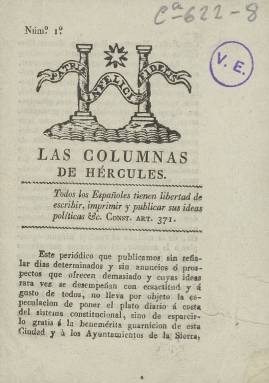
Título: Las Columnas de Hércules (Algeciras)
Colección: Periódicos anteriores a 1850
Ámbito geográfico: Cádiz
Lugar de publicación: Algeciras [Cádiz]
Fechas: 01/01/1822-31/12/1822

Periódico liberal de la corriente exaltada, en contraposición a la corriente moderada del liberalismo, del que solo se conoce la existencia del primer número. Fue editado en Algeciras en 1822 según figura en el pie de imprenta, a nombre de ‘Viuda de Contilló’,  y según  se desprende también  de la lectura de sus páginas, en las que hay referencias a sucesos políticos de ese año ocurridos tanto en España como en esa ciudad gaditana.

  La imprenta pertenecía a Josefa Guerra López, o Josefa Guerra de Contilló, como firmaba, fallecida en 1838. La había heredado en 1821 de su marido, Francisco Contilló, quien a su vez había  heredado el taller de su padre y era oficial del Tercio de Caballería de la Milicia Nacional de Algeciras.  Bajo su dirección se habían editado periódicos liberales como ‘El Conservador de la Libertad’ y la ‘Abeja Algecireña’, ambos en 1820 tras el triunfo del pronunciamiento de Riego que daría paso al Trienio Liberal. También había impreso periódicos editados en Ceuta.

     Más información sobre esta imprenta y otras se puede obtener consultando en línea el ensayo  ‘La imprenta algecireña durante el siglo XIX, nexo de unión entre ambas orillas del Estrecho’, cuyo autor es el auxiliar de Archivos José Luis Gómez Barceló.

     En el único número de ‘Las Columnas de Hércules’ existente figura la fecha del  31 de agosto de 1822, lo que permite acotar cronológicamente la fecha de impresión, que si no fue ese mismo día sería en los primeros días de septiembre. Con el epígrafe ‘Algeciras 31 de agosto’ se informa de los buques de guerra que se hallan anclados en el puerto listos para transportar tropas hacia Cataluña con el fin de combatir al Ejército realista que se había sublevado contra el Gobierno constitucional.

   En esas fechas se vivía una situación de práctica guerra civil en distintos puntos de España y el Rey Fernando VII no ocultaba su preferencia por una solución de fuerza que acabase con el Gobierno liberal que se había visto forzado a adoptar en 1820, al recuperarse la Constitución de Cádiz de 1812.

    El periódico  ‘Las Columnas de Hércules’ ataca directamente al Rey recordándole su promesa de ‘marchar por la senda constitucional’, cosa que no estaba cumpliendo, y recuerda también la sublevación de la Guardia Real que acababa de ocurrir en julio de 1822 y que fue reprimida a a tiros en Madrid por la Milicia Nacional, estableciéndose el Gobierno liberal exaltado de Evaristo Fernández de San Miguel.  En sus páginas hay palabras de elogio al duque de San Miguel por haber pedido que perdiera su inviolabilidad un infante de la Familia Real a quien se responsabilizaba de aquel levantamiento absolutista para que pudiera ser juzgado.

    “Españoles no más impunidad para los serviles, no más persecución para los liberales”, es una de las consignas de esta publicación algecireña que también tiene noticias de carácter local como cuando denuncia al jefe político de la Provincia por no haber ordenado clausurar, de acuerdo con la ley aprobada en Cortes, el convento de Mercedarios calzados de Algeciras, cuyo número de religiosos no llegaba a 12. O cuando, debido a la cercanía, recoge una noticia publicada por la ‘Crónica de Gibraltar’ informando del suicidio del marqués de Londonderry como consecuencia del desequilibrio mental que padecía.

    ‘Todos los españoles tienen libertad de escribir, imprimir y publicar sus ideas políticas”. Es el artículo 371 de la Constitución de Cádiz que ‘Las Columnas de Hércules’ insertaba en su primera página bajo un grabado alusivo a las míticas columnas a uno y otro lado del Estrecho. Para él como para muchos otros periódicos liberales no hubo más libertad de prensa. Al año siguiente, 1823, la invasión francesa de los Cien mil hijos de San Luis ponía punto final al Trienio Liberal y daba paso a la conocida como década ominosa hasta la muerte de Fernando VII en 1833.

[Descripción publicada el 31/03/2020]